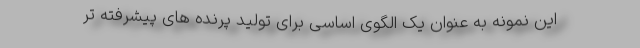
این نمونه به عنوان یک الگوی اساسی برای تولید پرنده های پیشرفته تر